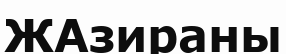
ЖАзираны